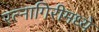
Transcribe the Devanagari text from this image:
रत्नागिरीमध्ये